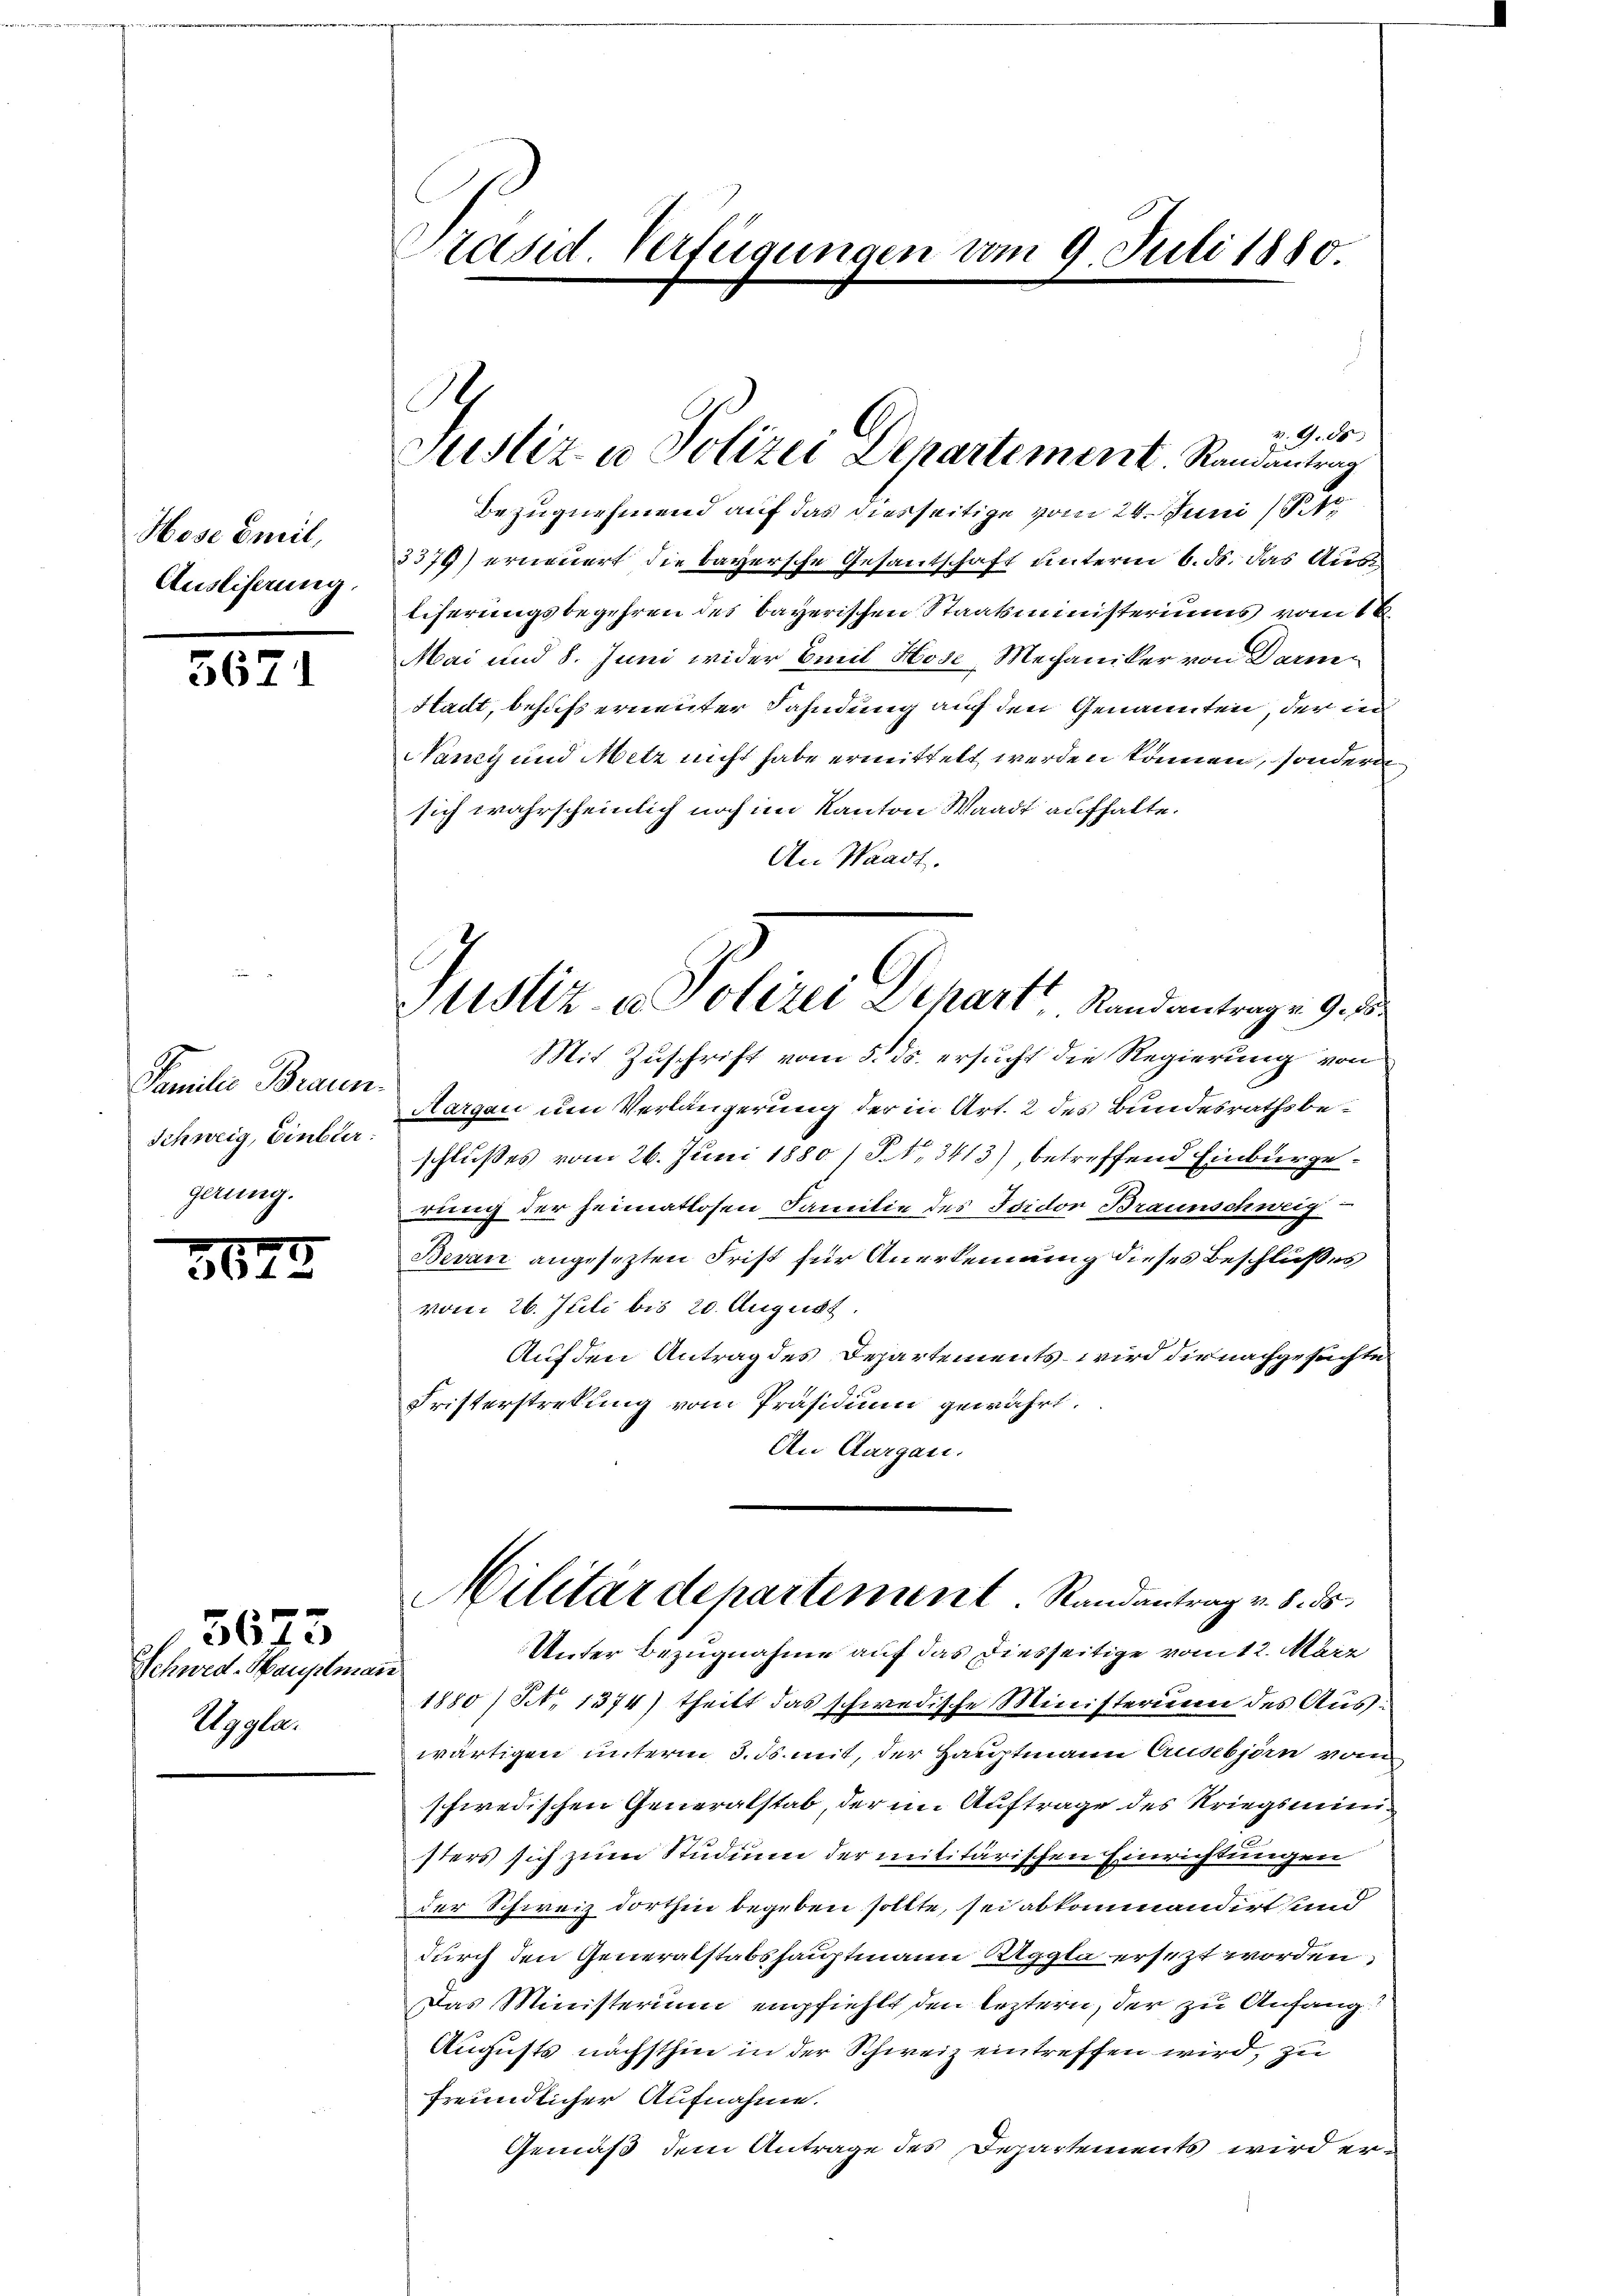
Hose Emil,
Ausliserung.

5671

Familie Braun.
Schweig, Einkler:
gerung.

3673

Schwed-Hauptman
Uggla.

3673

Präsid. Verfügungen vom 9. Juli 1880.

S
Justiz u. Polizei Departement Randantrag

v. 4. d
Bezugnehmend auf das diesseitige vom 24. Juni 184
3376) erneuert die bayersche Gesantschaft unterm 6. ds. das Ausliserungsbegehren des bayerischen Staatsministeriums vom 18.
Mai und 8. Juni wider Emil Hose, Mechaniker von Darm¬
Stadt, behufs erneuter Fahndung auf den Genannten, der in
Nancy und Metz nicht habe ermittelt werden können, sondern
sich wahrscheinlich noch im Kanton Waadt aufhalte.
An Waadt.
Mit Zuschrift vom 5. ds. ersucht die Regierung von
Aargau um Verlängerung der in Art. 2 des Bundesrathsbeschlußes vom 26. Juni 1880 /S.No. 3413), betreffend Einburgerung der heimatlosen Familie des Isidor Braunschweig
Bevan angesezten Frist für Anerkennung dieses Beschlußes
vom 26. Juli bis 20. August.
Auf den Antrag des Departements wird die nachgesuchte
Fristerstrekung vom Präsidium gewährt.
An Aargau.
Militärdepartement. Randantrag v. 8. ds.
Unter Bezugnahme auf das diesseitige vom 12. März
e
1880 / Pct. 1374) theilt das schwedische Ministerium des Auswärtigen unterm 3. ds. mit, der Hauptmann Ausebjörn von
schwedischen Generalstab, der im Auftrage des Kriegsministers sich zum Studium der militärischen Einrichtungen
der Schweiz dorthin begeben sollte, sei abkommandert und
durch den Generalstabshauptmann Aggla ersezt worden,
Das Ministerium empfiehlt den leztern, der zu Anfang
Augusts nächsthin in der Schweiz eintreffen wird, zu
freundlicher Aufnahme.
Gemäß dem Antrage des Departements wird er¬

Justiz u. Polizei Depart Randantragen 9. de